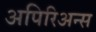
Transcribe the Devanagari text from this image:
अपिरिअन्स